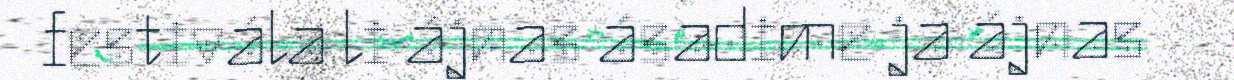
festivála li ájnas ásadime ja ájnas